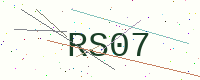
Text: RS07